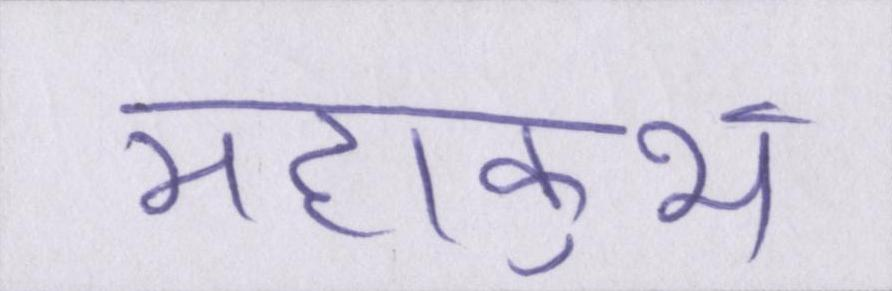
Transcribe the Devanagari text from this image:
महाकुंभ